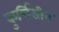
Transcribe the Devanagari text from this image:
कुर्चिसीन